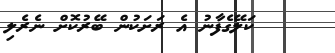
ކަލޭގެފާނު އެ ރަށަކުން ބޭރުކޮށް ނެރެލި